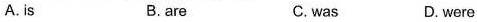
A.is B.are C.was D.were